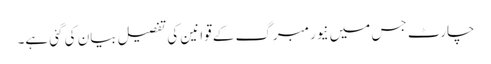
چارٹ جس میں نیورمبرگ کے قوانین کی تفصیل بیان کی گئی ہے۔